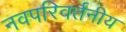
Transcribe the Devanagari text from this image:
नवपरिवर्तनीय